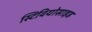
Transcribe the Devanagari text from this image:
स्टिवियोसाइड